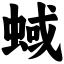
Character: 蜮